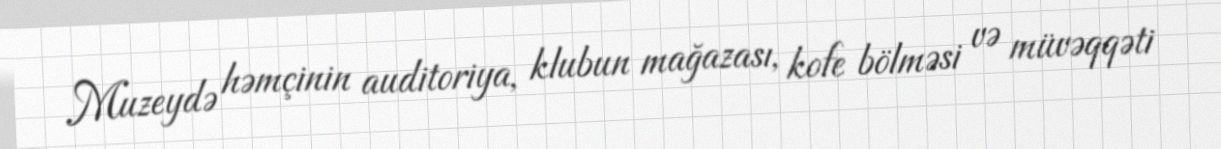
Muzeydə həmçinin auditoriya, klubun mağazası, kofe bölməsi və müvəqqəti